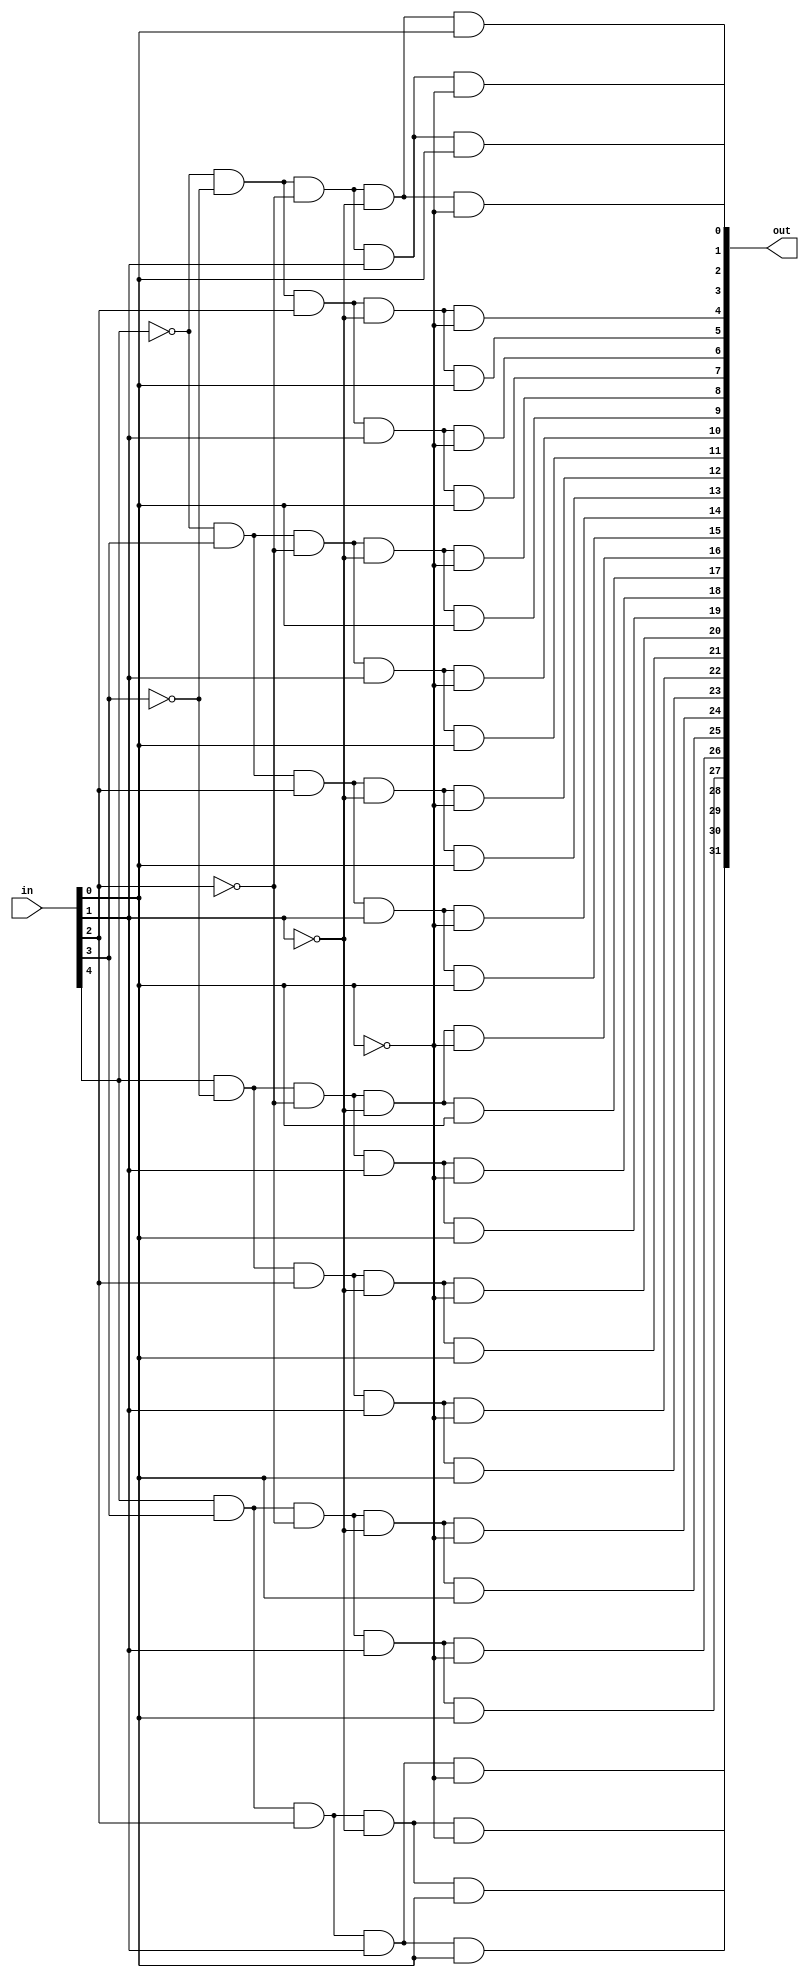
module decoder_32 (out, in);
	input [4:0] in;
	output [31:0] out;

	wire [4:0] in_not;

	genvar i;
	generate
	for (i=0; i < 5; i = i + 1) begin: loop1
		not invert(in_not[i], in[i]);
	end
	endgenerate

	and out_0(out[0], in_not[4], in_not[3], in_not[2], in_not[1], in_not[0]);
	and out_1(out[1], in_not[4], in_not[3], in_not[2], in_not[1], in[0]);
	and out_2(out[2], in_not[4], in_not[3], in_not[2], in[1], in_not[0]);
	and out_3(out[3], in_not[4], in_not[3], in_not[2], in[1], in[0]);
	and out_4(out[4], in_not[4], in_not[3], in[2], in_not[1], in_not[0]);
	and out_5(out[5], in_not[4], in_not[3], in[2], in_not[1], in[0]);
	and out_6(out[6], in_not[4], in_not[3], in[2], in[1], in_not[0]);
	and out_7(out[7], in_not[4], in_not[3], in[2], in[1], in[0]);
	and out_8(out[8], in_not[4], in[3], in_not[2], in_not[1], in_not[0]);
	and out_9(out[9], in_not[4], in[3], in_not[2], in_not[1], in[0]);
	and out_10(out[10], in_not[4], in[3], in_not[2], in[1], in_not[0]);
	and out_11(out[11], in_not[4], in[3], in_not[2], in[1], in[0]);
	and out_12(out[12], in_not[4], in[3], in[2], in_not[1], in_not[0]);
	and out_13(out[13], in_not[4], in[3], in[2], in_not[1], in[0]);
	and out_14(out[14], in_not[4], in[3], in[2], in[1], in_not[0]);
	and out_15(out[15], in_not[4], in[3], in[2], in[1], in[0]);
	and out_16(out[16], in[4], in_not[3], in_not[2], in_not[1], in_not[0]);
	and out_17(out[17], in[4], in_not[3], in_not[2], in_not[1], in[0]);
	and out_18(out[18], in[4], in_not[3], in_not[2], in[1], in_not[0]);
	and out_19(out[19], in[4], in_not[3], in_not[2], in[1], in[0]);
	and out_20(out[20], in[4], in_not[3], in[2], in_not[1], in_not[0]);
	and out_21(out[21], in[4], in_not[3], in[2], in_not[1], in[0]);
	and out_22(out[22], in[4], in_not[3], in[2], in[1], in_not[0]);
	and out_23(out[23], in[4], in_not[3], in[2], in[1], in[0]);
	and out_24(out[24], in[4], in[3], in_not[2], in_not[1], in_not[0]);
	and out_25(out[25], in[4], in[3], in_not[2], in_not[1], in[0]);
	and out_26(out[26], in[4], in[3], in_not[2], in[1], in_not[0]);
	and out_27(out[27], in[4], in[3], in_not[2], in[1], in[0]);
	and out_28(out[28], in[4], in[3], in[2], in_not[1], in_not[0]);
	and out_29(out[29], in[4], in[3], in[2], in_not[1], in[0]);
	and out_30(out[30], in[4], in[3], in[2], in[1], in_not[0]);
	and out_31(out[31], in[4], in[3], in[2], in[1], in[0]);
endmodule